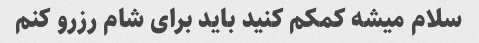
سلام میشه کمکم کنید باید برای شام رزرو کنم